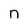
Character: n